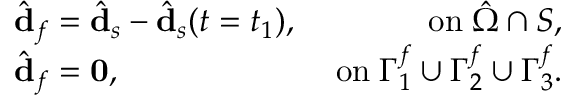
\begin{array} { r l r } & { \hat { \mathbf { d } } _ { f } = \hat { \mathbf { d } } _ { s } - \hat { \mathbf { d } } _ { s } ( t = t _ { 1 } ) , } & { \; \mathrm { o n } \; \hat { \Omega } \cap \cal S , } \\ & { \hat { \mathbf { d } } _ { f } = \mathbf { 0 } , } & { \; \mathrm { o n } \; \Gamma _ { 1 } ^ { f } \cup \Gamma _ { 2 } ^ { f } \cup \Gamma _ { 3 } ^ { f } . } \end{array}